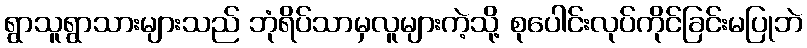
ရွာသူရွာသားများသည် ဘုံရိပ်သာမှလူများကဲ့သို့ စုပေါင်းလုပ်ကိုင်ခြင်းမပြုဘဲ